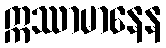
ဣဿာမာနေန